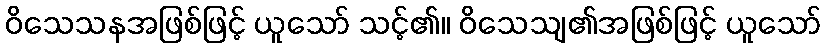
ဝိသေသနအဖြစ်ဖြင့် ယူသော် သင့်၏။ ဝိသေသျ၏အဖြစ်ဖြင့် ယူသော်